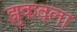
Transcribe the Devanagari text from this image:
झुकवला